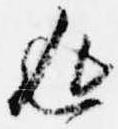
返